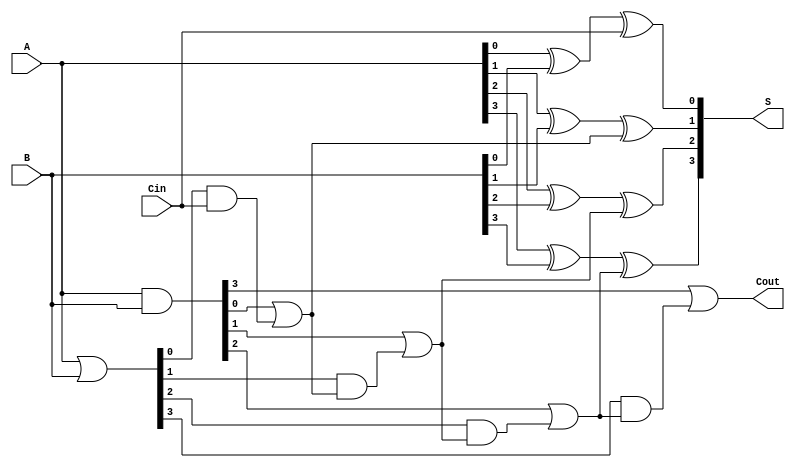
module Variable_Latency_CLA #(parameter n = 4) (
    input  [n-1:0] A,      // First n-bit input
    input  [n-1:0] B,      // Second n-bit input
    input          Cin,     // Carry-in input
    output [n-1:0] S,      // n-bit sum output
    output         Cout     // Carry-out output
);
    
    // Generate and Propagate signals
    wire [n-1:0] G;  // Generate signals
    wire [n-1:0] P;  // Propagate signals
    wire [n:0] C;    // Carry signals

    // Generate (G) and Propagate (P) logic
    assign G = A & B;          // Gi = Ai AND Bi
    assign P = A | B;          // Pi = Ai OR Bi

    // Carry generation logic
    assign C[0] = Cin;         // C0 = Cin
    genvar i;
    generate
        for (i = 0; i < n; i = i + 1) begin: carry_gen
            assign C[i + 1] = G[i] | (P[i] & C[i]);
        end
    endgenerate

    // Sum calculation
    generate
        for (i = 0; i < n; i = i + 1) begin: sum_cal
            assign S[i] = A[i] ^ B[i] ^ C[i];  // Si = Ai XOR Bi XOR Ci
        end
    endgenerate

    // Carry-out output
    assign Cout = C[n]; // Cout = Cn

endmodule